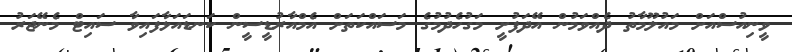
ވީނިއުސްއަށް މައުލޫމާތު ދެއްވަމުން އޭދަފުށީ މަގުހެދުމުގެ މަސައްކަތަށް އެމްއާރުޑީސީން ކަނޑައަޅާފައިވާ ސައިޓް މެނޭޖަރު